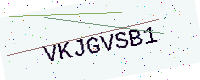
Text: VKJGVSB1